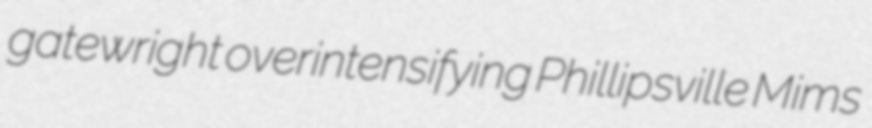
gatewright overintensifying Phillipsville Mims